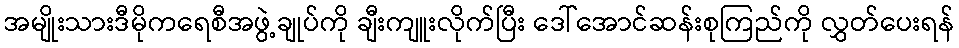
အမျိုးသားဒီမိုကရေစီအဖွဲ့ချုပ်ကို ချီးကျူးလိုက်ပြီး ဒေါ်အောင်ဆန်းစုကြည်ကို လွှတ်ပေးရန်